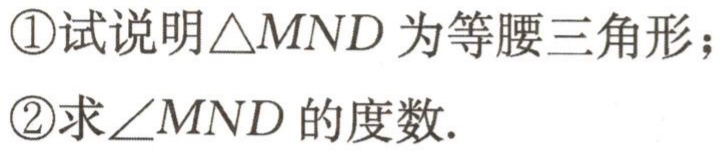
\textcircled{1}试说明$\triangle MND$为等腰三角形；
\textcircled{2}求$\angle MND$的度数.